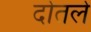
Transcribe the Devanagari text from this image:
दोतले